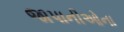
જાપાનીઓના